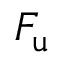
\boldsymbol { F _ { \mathrm { u } } }